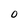
Character: O